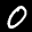
Label: 0